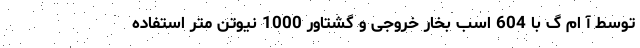
توسط آ ام گ با 604 اسب بخار خروجی و گشتاور 1000 نیوتن متر استفاده